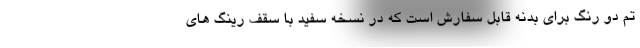
تم دو رنگ برای بدنه قابل سفارش است که در نسخه سفید با سقف رینگ های